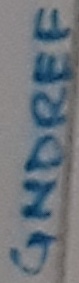
Text: GNDREF